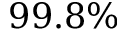
9 9 . 8 \%